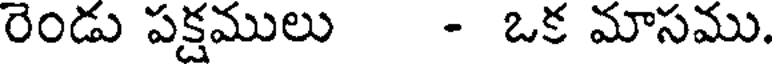
రెండు పక్షములు - ఒక మాసము.